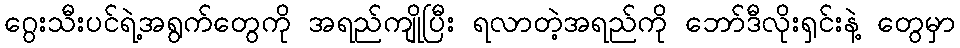
ဂွေးသီးပင်ရဲ့အရွက်တွေကို အရည်ကျိုပြီး ရလာတဲ့အရည်ကို ဘော်ဒီလိုးရှင်းနဲ့ တွေမှာ